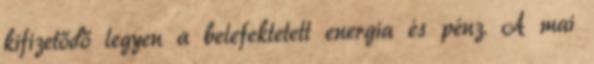
kifizetődő legyen a belefektetett energia és pénz. A mai